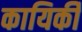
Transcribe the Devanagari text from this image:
कायिर्की